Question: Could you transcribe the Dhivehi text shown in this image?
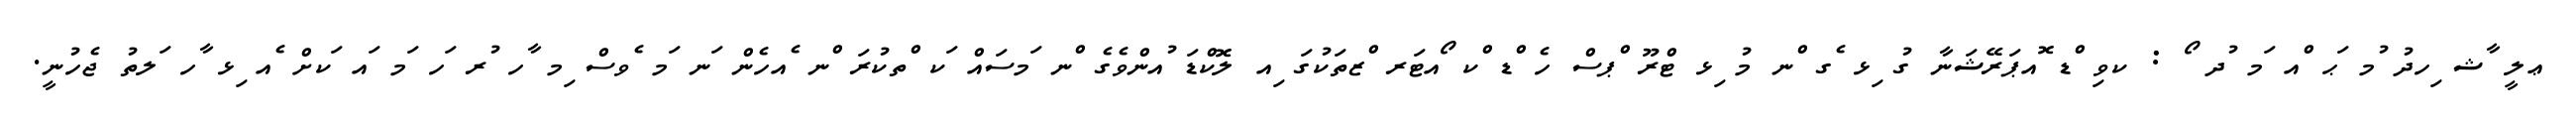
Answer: ޢލީ ާޝ ިހދު ުމ ަޙ ްއ ަމ ުދ ޯ : ކވި ްޑ ޮއޕަރޭޝަނާ ގު ިޅ ެގ ްނ މު ިޅ ޓްރޫ ްޕސް ހެ ްޑ ްކ ޯއޓަރ ްޒތަކުގަ ިއ ލޮކްޑަ ުއންވެގެ ްނ ަމސައް ަކ ްތކުރަ ްނ ެއހެން ަނ ަމ ެވސް ިމ ާހ ުރ ަހ ަމ ައ ަކށް ެއ ިޅ ާހ ަލތު ޖެހުނީ.